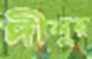
দীনুর